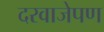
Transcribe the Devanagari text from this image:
दरवाजेपण